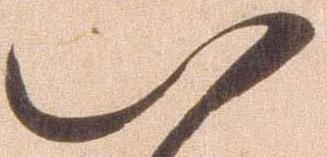
八